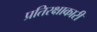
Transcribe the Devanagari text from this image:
प्रतिरक्षाकारी